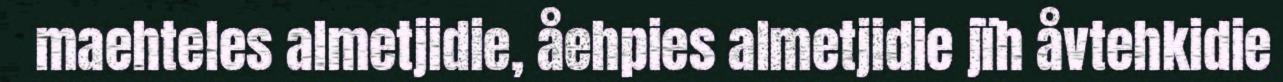
maehteles almetjidie, åehpies almetjidie jïh åvtehkidie